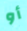
أو